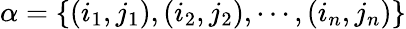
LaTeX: \alpha=\{ (i_{1},j_{1}),(i_{2},j_{2}),\cdots,(i_{n},j_{n})\}